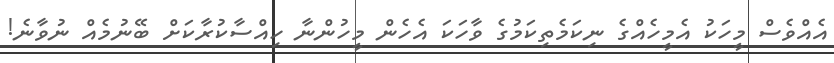
އެއްވެސް މީހަކު އެމީހެއްގެ ނިކަމެތިކަމުގެ ވާހަކަ އެހެން މީހުންނާ ހިއްސާކުރާކަށް ބޭނުމެއް ނުވާނެ!